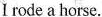
I rode a horse.